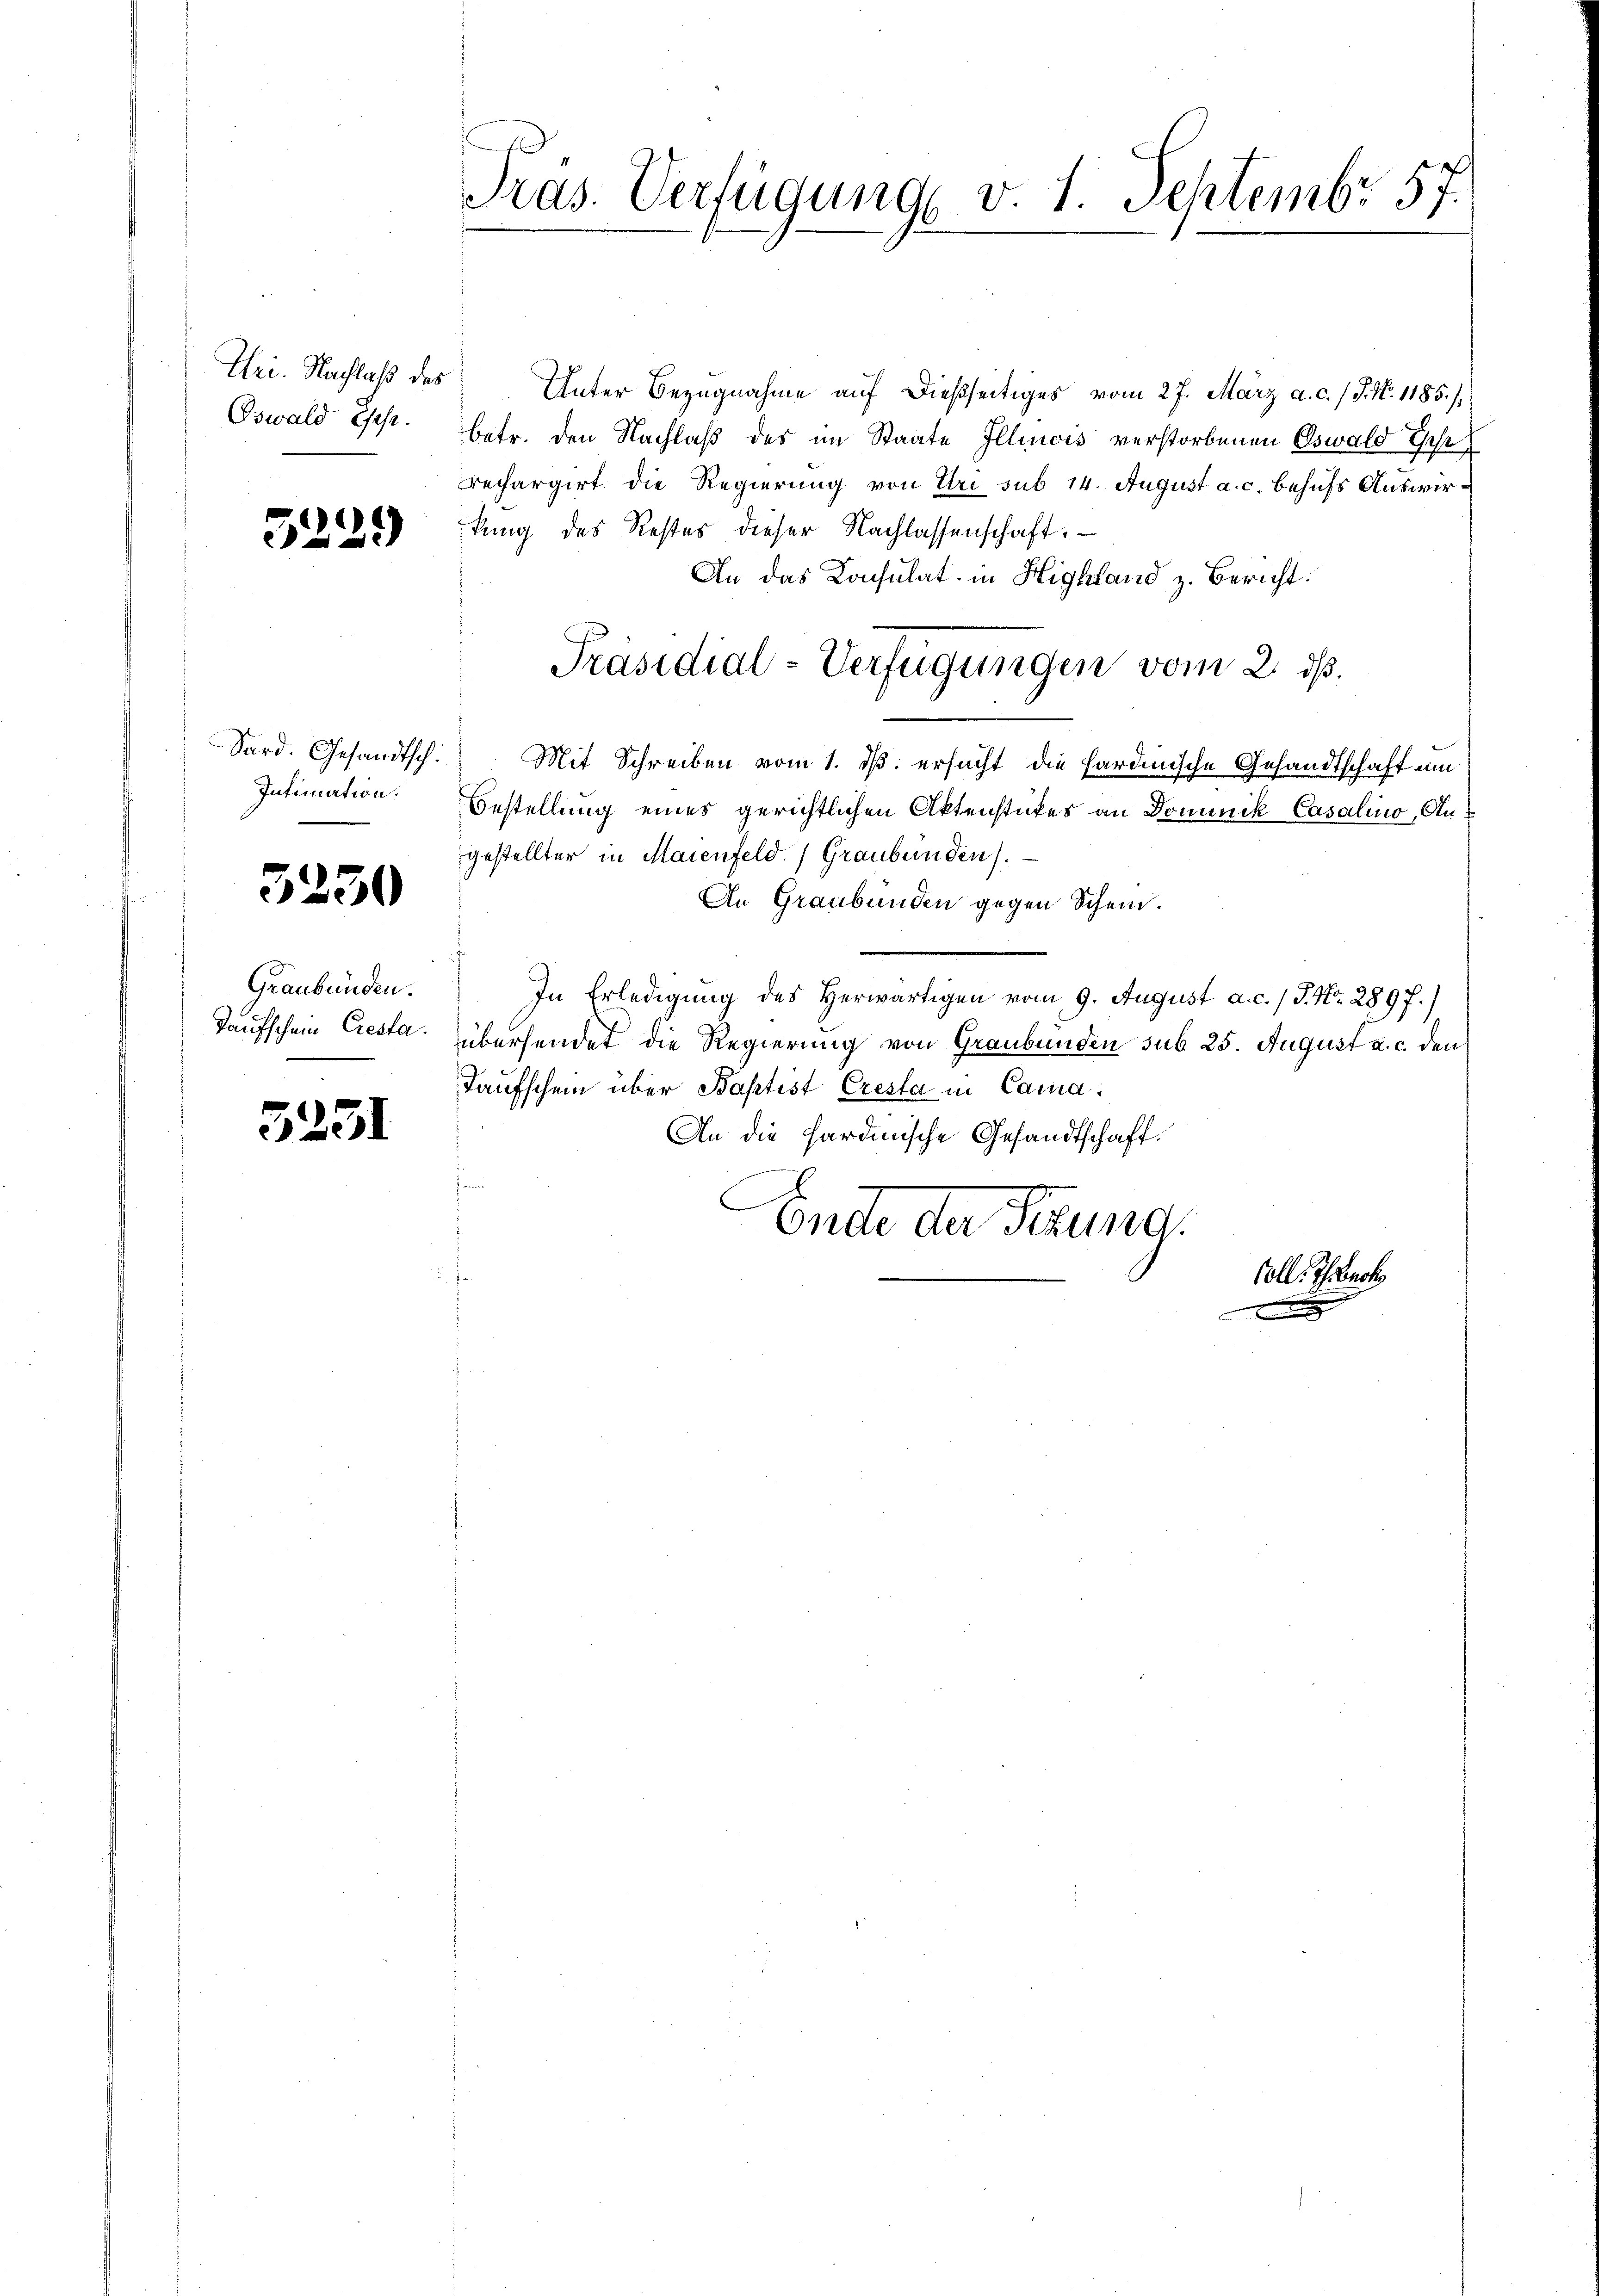
Oswald Ges.

3229

Intimation.

5230

Graubünden.

5231

Pras. Verfügung v. 1. Septembr 57.

Tri. Nachlaβ des Unter Bezugnahme auf dießseitiges vom 27. März a. c. / J. N. 1185./
betr. den Nachlaß des im Staate Illinois verstorbenen Oswald Gese
echargirt die Regierung von Uri sub 14. August a. c. behufs Auswirkung des Restes dieser Nachlassenschaft.
An das Konsulat in Highland z. Bericht:
Sard. Gesandtsch. Mit Schreiben vom 1. dβ ersucht die sardinische Gesandtschaft um
Bestellung eines gerichtlichen Aktenstückes an Dominik Casalino, Angestellter in Maienfeld.) Graubünden.
An Graubünden gegen Schein.
In Erledigung des Herwärtigen vom 9. August a. c. / P. Nr. 289 f.)
Taufschein Cresta. übersendet die Regierung von Graubünden sub 25. August a. c. den
Taufschein über Baptist Cresta in Cama.
An die hardinische Gesandtschaft.
Endte der Sitzung.
Coll. Ihro
d

Präsidial-Verfügungen vom 2. ds.